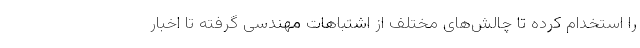
را استخدام کرده تا چالش‌های مختلف از اشتباهات مهندسی گرفته تا اخبار